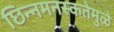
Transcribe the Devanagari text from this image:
छिन्नमनस्कतेमुळे